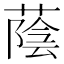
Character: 蔭